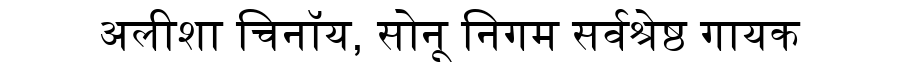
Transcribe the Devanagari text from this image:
अलीशा चिनॉय, सोनू निगम सर्वश्रेष्ठ गायक